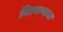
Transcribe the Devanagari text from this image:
विल्यम्सचा